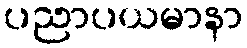
ပညာပယမာနာ